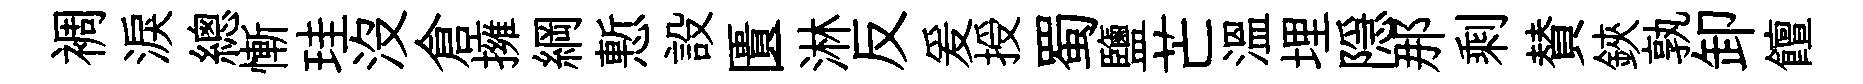
裯淚總慚珪没倉擁綱慙設匱淋反爰授蜀鹽芒温埋隠那剩賛鋏孰卸饘